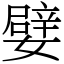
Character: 嬖